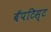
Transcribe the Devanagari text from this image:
बॅपटिस्ट